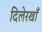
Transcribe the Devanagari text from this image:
दिलेरखाँ